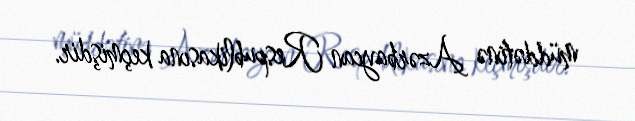
müddətinə Azərbaycan Respublikasına keçmişdir.